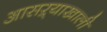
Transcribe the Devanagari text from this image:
आसऱ्याखाली